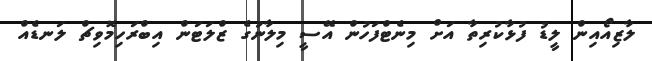
ލާޒިއޯއިން ލީޑު ފުޅާކުރިތާ އަށް މިނެޓްފަހުން އޭސީ މިލާނުގެ ޒްލަޓަން އިބްރަހިމޮވިޗް ލަނޑެއް